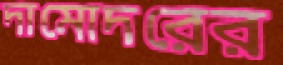
দামোদরের